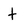
Character: t